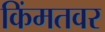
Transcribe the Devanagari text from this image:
किंमतवर